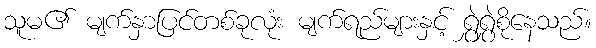
သူမ၏ မျက်နှာပြင်တစ်ခုလုံး မျက်ရည်များနှင့် ရွှဲရွှဲစိုနေသည်။